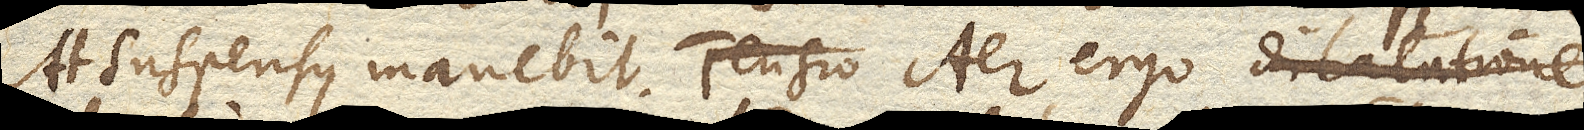
At suspensus manebit. Tensio Aer ergo dilatatione